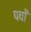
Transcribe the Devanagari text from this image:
पर्वोँ